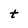
Character: t